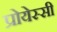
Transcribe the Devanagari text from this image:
प्रोयेस्सी